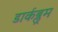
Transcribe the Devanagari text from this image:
डार्कब्लूम